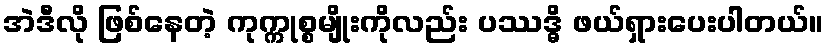
အဲဒီလို ဖြစ်နေတဲ့ ကုက္ကုစ္စမျိုးကိုလည်း ပဿဒ္ဓိ ဖယ်ရှားပေးပါတယ်။